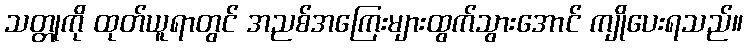
သတ္တုကို ထုတ်ယူရာတွင် အညစ်အကြေးများထွက်သွားအောင် ကျိုပေးရသည်။